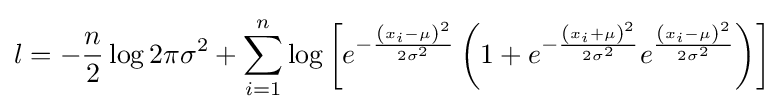
l=-{\frac {n}{2}}\log {2\pi \sigma ^{2}}+\sum _{i=1}^{n}\log {\left[e^{-{\frac {\left(x_{i}-\mu \right)^{2}}{2\sigma ^{2}}}}\left(1+e^{-{\frac {\left(x_{i}+\mu \right)^{2}}{2\sigma ^{2}}}}e^{\frac {\left(x_{i}-\mu \right)^{2}}{2\sigma ^{2}}}\right)\right]}